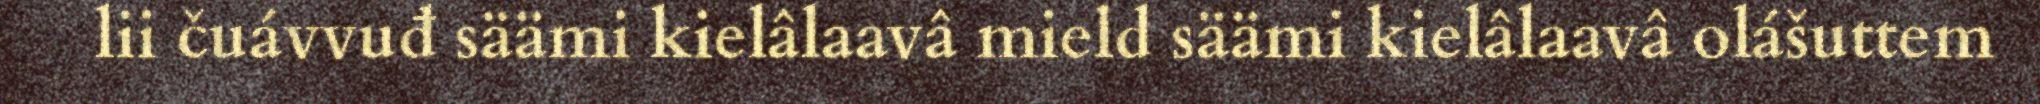
lii čuávvuđ säämi kielâlaavâ mield säämi kielâlaavâ olášuttem